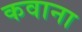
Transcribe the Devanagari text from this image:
कवाना